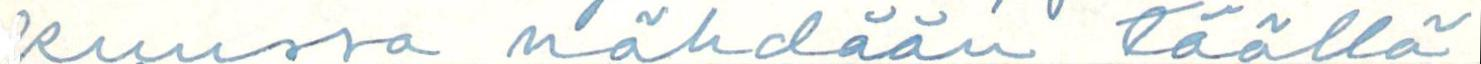
kuussa nähdään täällä